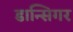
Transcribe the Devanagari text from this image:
डान्सिगर